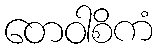
တေဝါစိကံ